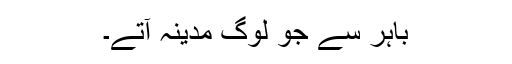
باہر سے جو لوگ مدینہ آتے۔